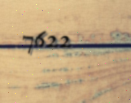
7622